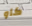
كاو